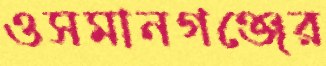
ওসমানগঞ্জের